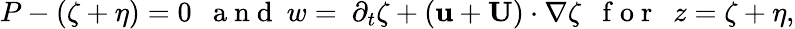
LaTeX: P-(\zeta+\eta)=0~~\mathrm{~a~n~d~}~w=~\partial_{t}\zeta+(\mathbf{u}+\mathbf{U})\cdot\nabla\zeta~~\mathrm{~f~o~r~}~~z=\zeta+\eta,